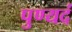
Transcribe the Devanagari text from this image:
पुण्यदं